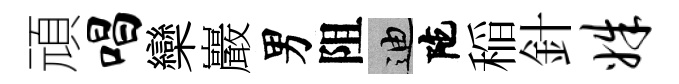
頑唱欒巖男阻迪陀稲針姝